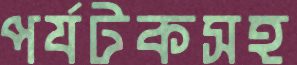
পর্যটকসহ